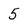
Character: 5